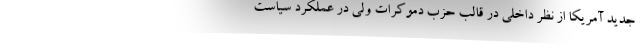
جدیدِ آمریکا از نظرِ داخلی در قالبِ حزب دموکرات ولی در عملکرد سیاست